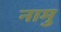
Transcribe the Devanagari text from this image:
नामु